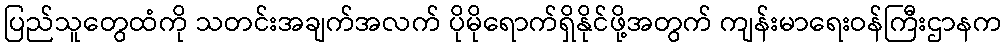
ပြည်သူတွေထံကို သတင်းအချက်အလက် ပိုမိုရောက်ရှိနိုင်ဖို့အတွက် ကျန်းမာရေးဝန်ကြီးဌာနက